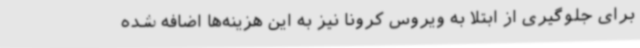
برای جلوگیری از ابتلا به ویروس کرونا نیز به این هزینه‌ها اضافه شده